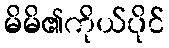
မိမိ၏ကိုယ်ပိုင်